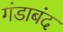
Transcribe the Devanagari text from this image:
गंडाबंद